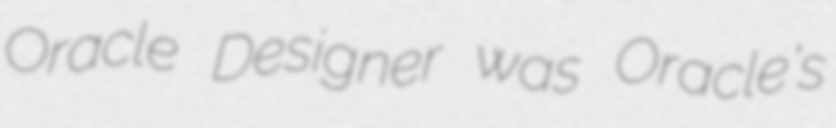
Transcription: Oracle Designer was Oracle's